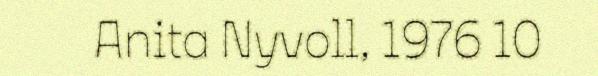
Anita Nyvoll, 1976 10